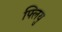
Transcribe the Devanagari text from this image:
फ्लियु